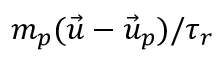
m _ { p } ( \vec { u } - \vec { u } _ { p } ) / { \tau _ { r } }